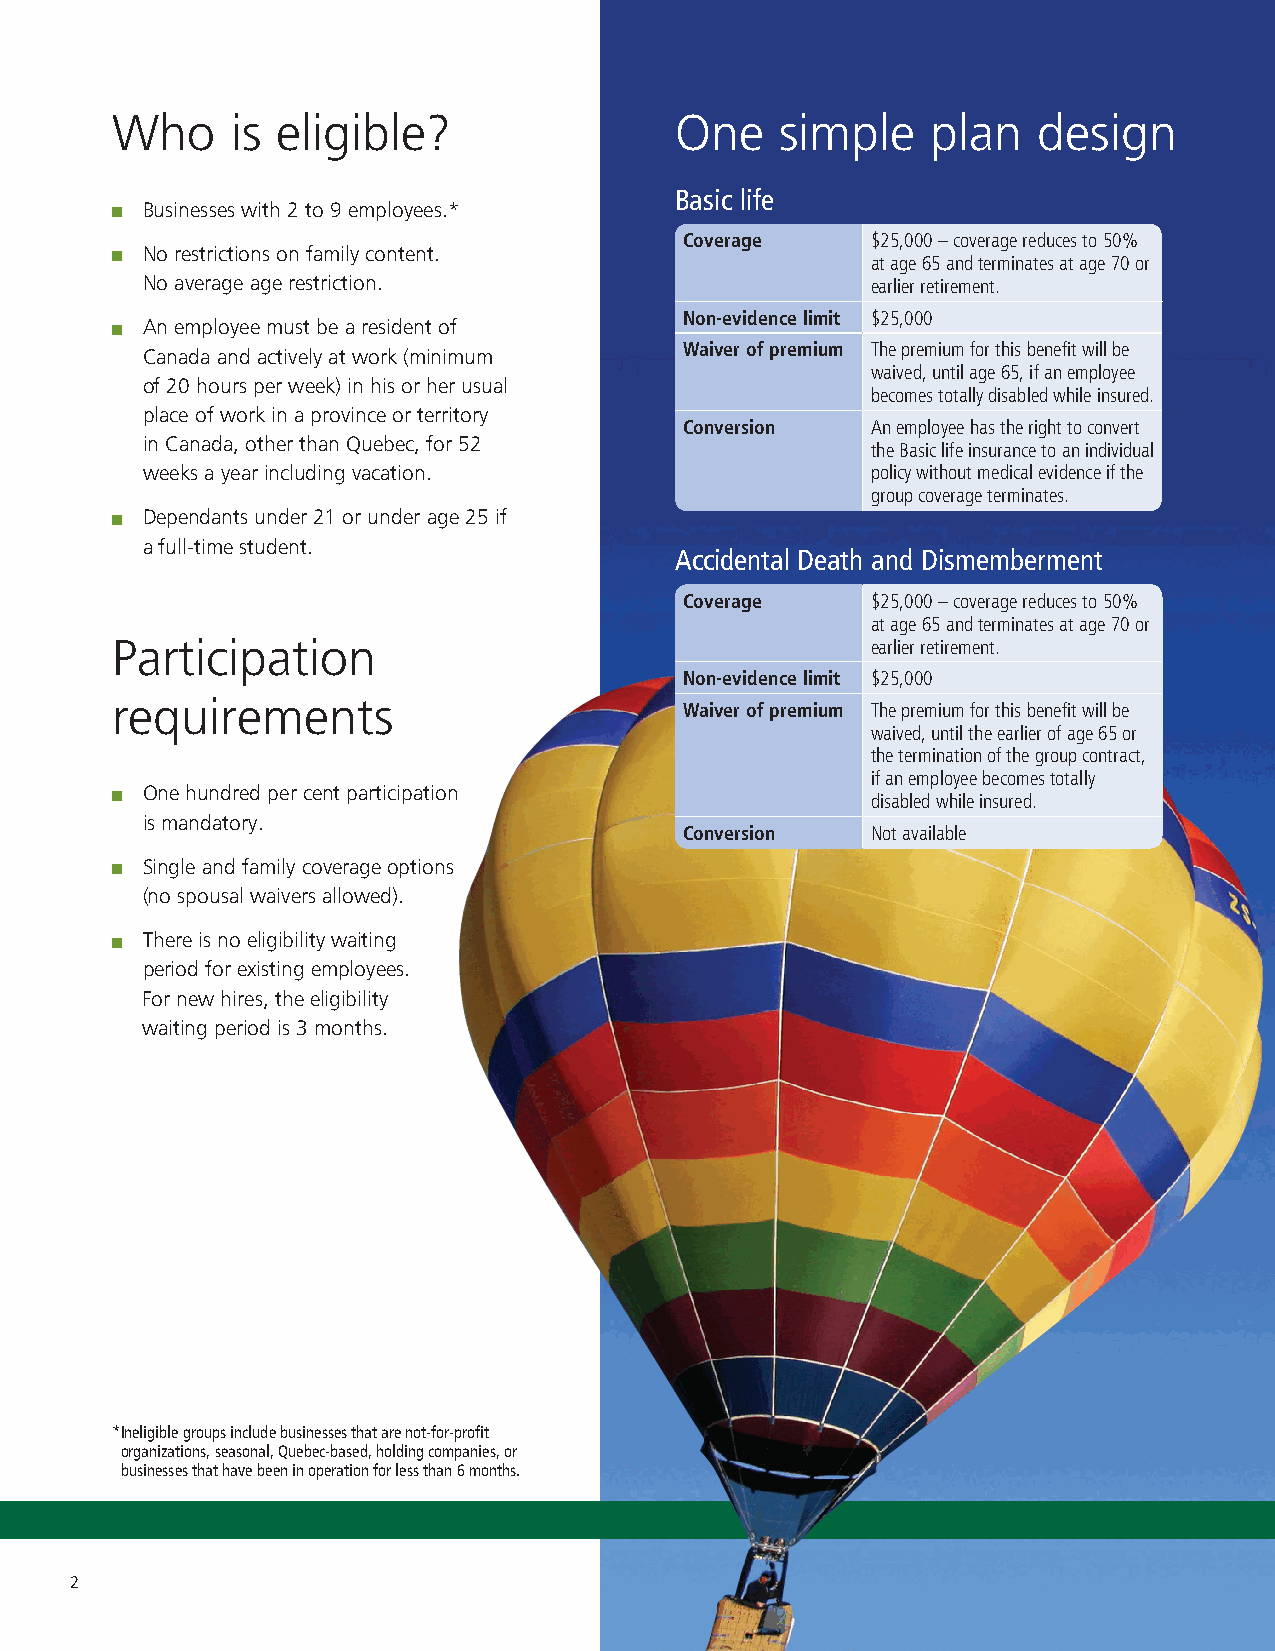
Who     is eligible?                  One    simple    plan   design
 Basic life
 Businesses with 2 to 9 employees.*
 Coverage     $25,000 – coverage reduces to 50%
 No restrictions on family content.
 at age 65 and terminates at age 70 or
 No average age restriction.                      earlier retirement.
 Non-evidence limit $25,000
 An employee must be a resident of
 Waiver of premium The premium for this benefit will be
 Canada and actively at work (minimum
 waived, until age 65, if an employee
 of 20 hours per week) in his or her usual
 becomes totally disabled while insured.
 place of work in a province or territory
 Conversion   An employee has the right to convert
 in Canada, other than Quebec, for 52             the Basic life insurance to an individual
 weeks a year including vacation.                 policy without medical evidence if the
 group coverage terminates.
 Dependants under 21 or under age 25 if
 a full-time student.
 Accidental Death and Dismemberment
 Coverage     $25,000 – coverage reduces to 50%
 at age 65 and terminates at age 70 or
 Participation                                      earlier retirement.
 Non-evidence limit $25,000
 requirements                          Waiver of premium The premium for this benefit will be
 waived, until the earlier of age 65 or
 the termination of the group contract,
 if an employee becomes totally
 One hundred per cent participation
 disabled while insured.
 is mandatory.
 Conversion   Not available
 Single and family coverage options
 (no spousal waivers allowed).
 There is no eligibility waiting
 period for existing employees.
 For new hires, the eligibility
 waiting period is 3 months.
 * Ineligible groups include businesses that are not-for-profit
 organizations, seasonal, Quebec-based, holding companies, or
 businesses that have been in operation for less than 6 months.
 2